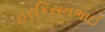
હરકિસનભાઈ